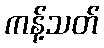
ကန့်သတ်